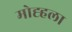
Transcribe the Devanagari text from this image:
मोह्हला